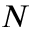
_ { N }